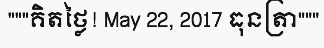
"""គិតថ្លៃ! May 22, 2017 ធុនត្រា"""